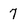
Character: 7